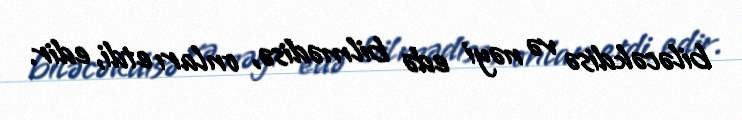
biləcəkdisə və nəyi edə bilmədisə, onları etdi, edir.